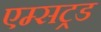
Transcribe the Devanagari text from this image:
एम्सट्रड